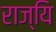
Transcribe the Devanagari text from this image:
राज्यि